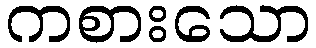
ကစားသော